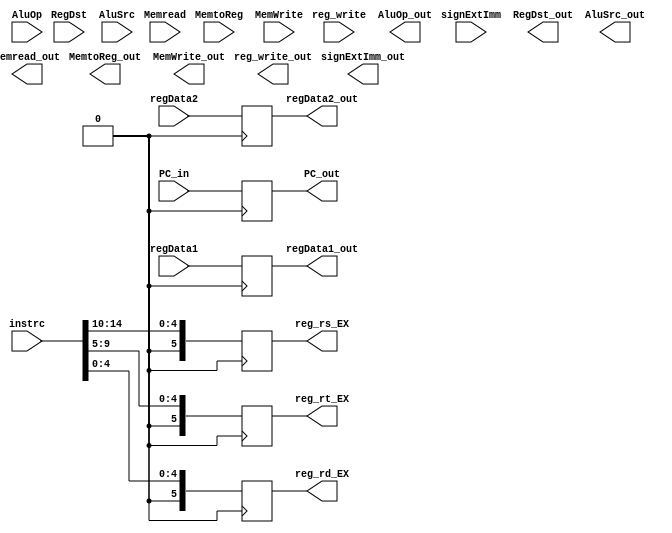
module ID_EX(PC_in, RegDst, reg_write, Memread, MemtoReg, MemWrite, AluSrc, AluOp, signExtImm, instrc, regData1, regData2, 
            PC_out, RegDst_out, reg_write_out,Memread_out, MemtoReg_out, MemWrite_out, AluSrc_out, AluOp_out, signExtImm_out, 
            regData1_out, regData2_out, reg_rs_EX, reg_rt_EX, reg_rd_EX);
input [31:0] regData1, regData2;
input [31:0] PC_in, signExtImm;
input RegDst, reg_write, Memread, MemtoReg, MemWrite, AluSrc;
input [3:0] AluOp;
input [14:0] instrc;

output [31:0] regData1_out, regData2_out;
output [31:0] PC_out, signExtImm_out;
output RegDst_out, reg_write_out, Memread_out, MemtoReg_out, MemWrite_out, AluSrc_out;
output [3:0] AluOp_out;
output [5:0] reg_rs_EX, reg_rt_EX, reg_rd_EX;

always @(posedge clk) begin
    PC_out <= PC_in;
    signExtImm <= signExtImm_out;
    RegDst <= RegDst_out;
    reg_write <= reg_write_out;
    Memread <= Memread_out;
    MemtoReg <= MemtoReg_out;
    MemWrite <= MemWrite_out;
    AluSrc <= AluSrc_out;
    AluOp <= AluOp_out;
    regData1_out <= regData1;
    regData2_out <= regData2;
    reg_rs_EX <= instrc[14:10];
    reg_rt_EX <= instrc[9:5];
    reg_rd_EX <= instrc[4:0];
end
endmodule